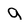
Character: g